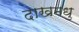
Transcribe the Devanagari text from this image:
दाखमधु